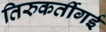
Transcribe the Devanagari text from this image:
तिरुकर्तीगई